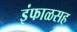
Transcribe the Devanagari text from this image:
इंफाळसह